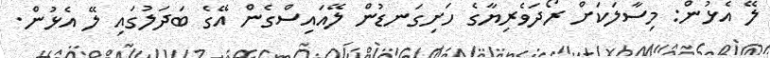
ލޭ އެޅުން: މިސާލަކަށް ރޯދަވެރިޔާގެ ހަށިގަނޑުން ލޭއައިސްގެން އޭގެ ބަދަލުގައި ލޭ އެޅުން.